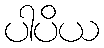
ပါပိယ